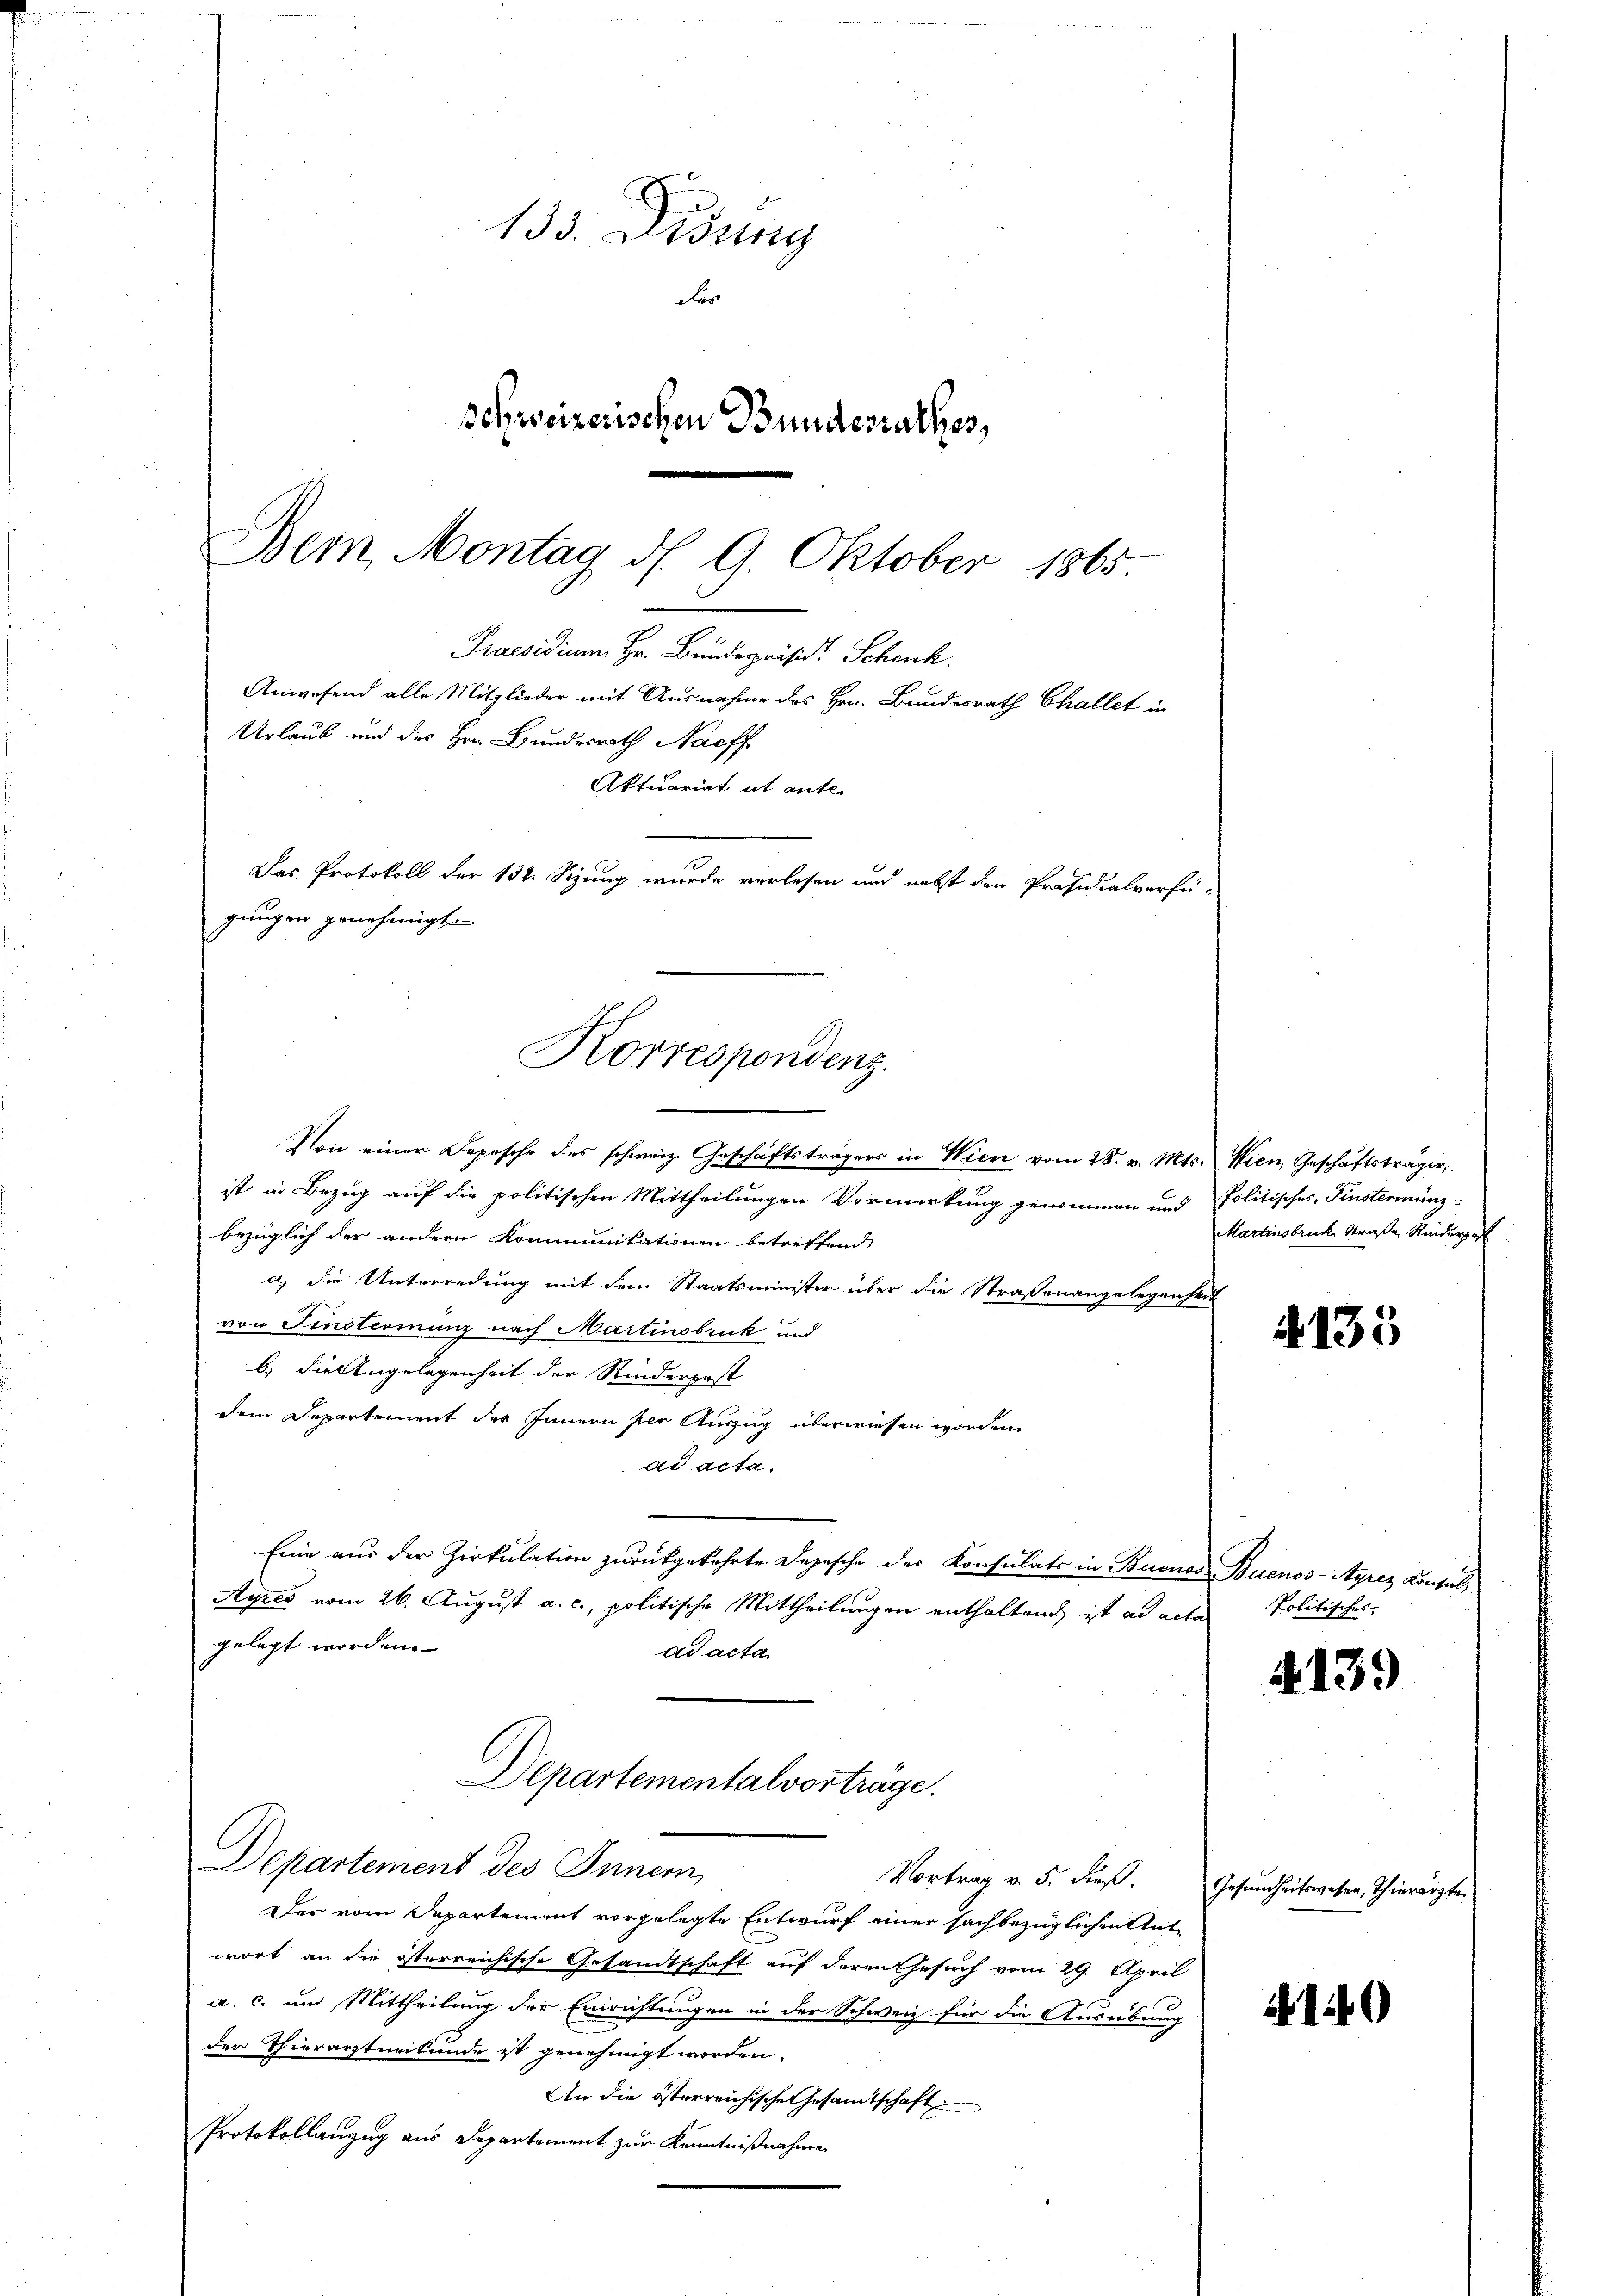
133. Didung
Fer
Bohweizerischen Bundesrathes,

Dem Montag d. 9. Oktober 1865
Praesidium. Hr. Bundespräsid. Schenk.
Anwesend alle Mitglieder mit Ausnahme des Hrn. Bundesrath Challet in
Urlaub und des Hrn. Bundesrath Nachf
Aktuariat it ente.
Das Protokoll der 132. Sizung wurde verlesen und nebst den Präsidialverfü-
gungen genehmigt.
Korrespondenz.

Von einer Depesche des schweiz. Geschäftsträgers in Wien vom 28. v. Mts. Wien Geschäftsträger,
ist in Bezug auf die politischen Mittheilungen Vormerkung genommen und
bezüglich der andern Kommunitationen betreffend
a) die Unterredung mit dem Staatsminister über die Straßenangelegenheit
von Einstimmung nach Martinsbruk und
b) Die Angelegenheit der Rinderpest
dem Departement des Innern per Auszug überwiesen worden.
ad acta.
Eine aus der Zirkulation zurückgekehrte Depesche der Konsulats in Buenos
Ayres vom 26. August a. c., politische Mittheilungen enthaltend ist ad acta
gelegt worden.
ad acta
Departementalvorträge.
Departement des Innern,
Vortrag v. 5. dieß.
Der vom Departement vorgelegte Entwurf einer sachbezüglichen Antwort an die österreichische Gesandtschaft auf deren Gesuch vom 29. April
a. c. und Mittheilung der Einrichtungen in der Schweiz für die Ausübung
der Thierarztneitende ist genehmigt worden.
An die österreichische Gesamtschaft
Protokollanzug aus Departement zur Kenntnißnahme

Politisches, Fensterminz-
Martinsbruck. Straße, Rinderpa

135

Buenos-Ayres Konsul,
Politisches

413.

Gesundheitswesen, Thierarzte.

40